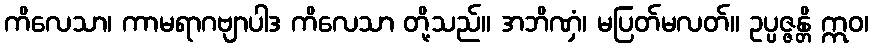
ကိလေသာ၊ ကာမရာဂဗျာပါဒ ကိလေသာ တို့သည်။ အဘိဏှံ၊ မပြတ်မလတ်။ ဥပ္ပဇ္ဇန္တိ ဣဝ၊